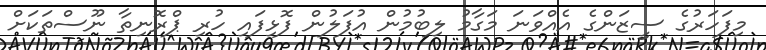
މިފަހަރުގެ ސީޒަންގެ އެއްވަނަ މަގާމު ލިބުމުން އުފަލުން ފޮޅިފައި ހުރި ޕްރޮނިތާ ނޫސްތަކަށް